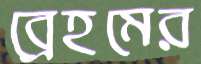
ব্রেহমের